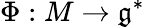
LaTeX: \Phi:M\to{\mathfrak{g}}^{*}